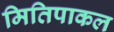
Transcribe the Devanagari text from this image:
मितिपाकल